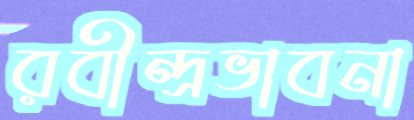
রবীন্দ্রভাবনা